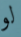
لو